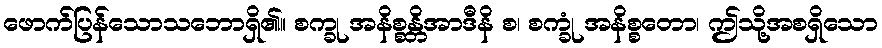
ဖောက်ပြန်သောသဘောရှိ၏။ စက္ခု အနိစ္စန္တိအာဒီနိ စ၊ စက္ခုံ အနိစ္စတော၊ ဤသို့အစရှိသော